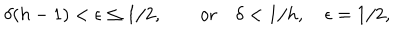
\delta ( h - 1 ) < \epsilon \leq 1 / 2 , \qquad \mathrm { o r } \quad \delta < 1 / h , \quad \epsilon = 1 / 2 ,